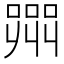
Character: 𭊲